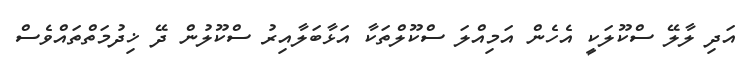
އަދި ލާލޭ ސްކޫލަކީ އެހެން އަމިއްލަ ސްކޫލްތަކާ އަޅާބަލާއިރު ސްކޫލުން ދޭ ޚިދުމަތްތައްވެސް